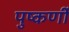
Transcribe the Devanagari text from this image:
पुष्कर्णी